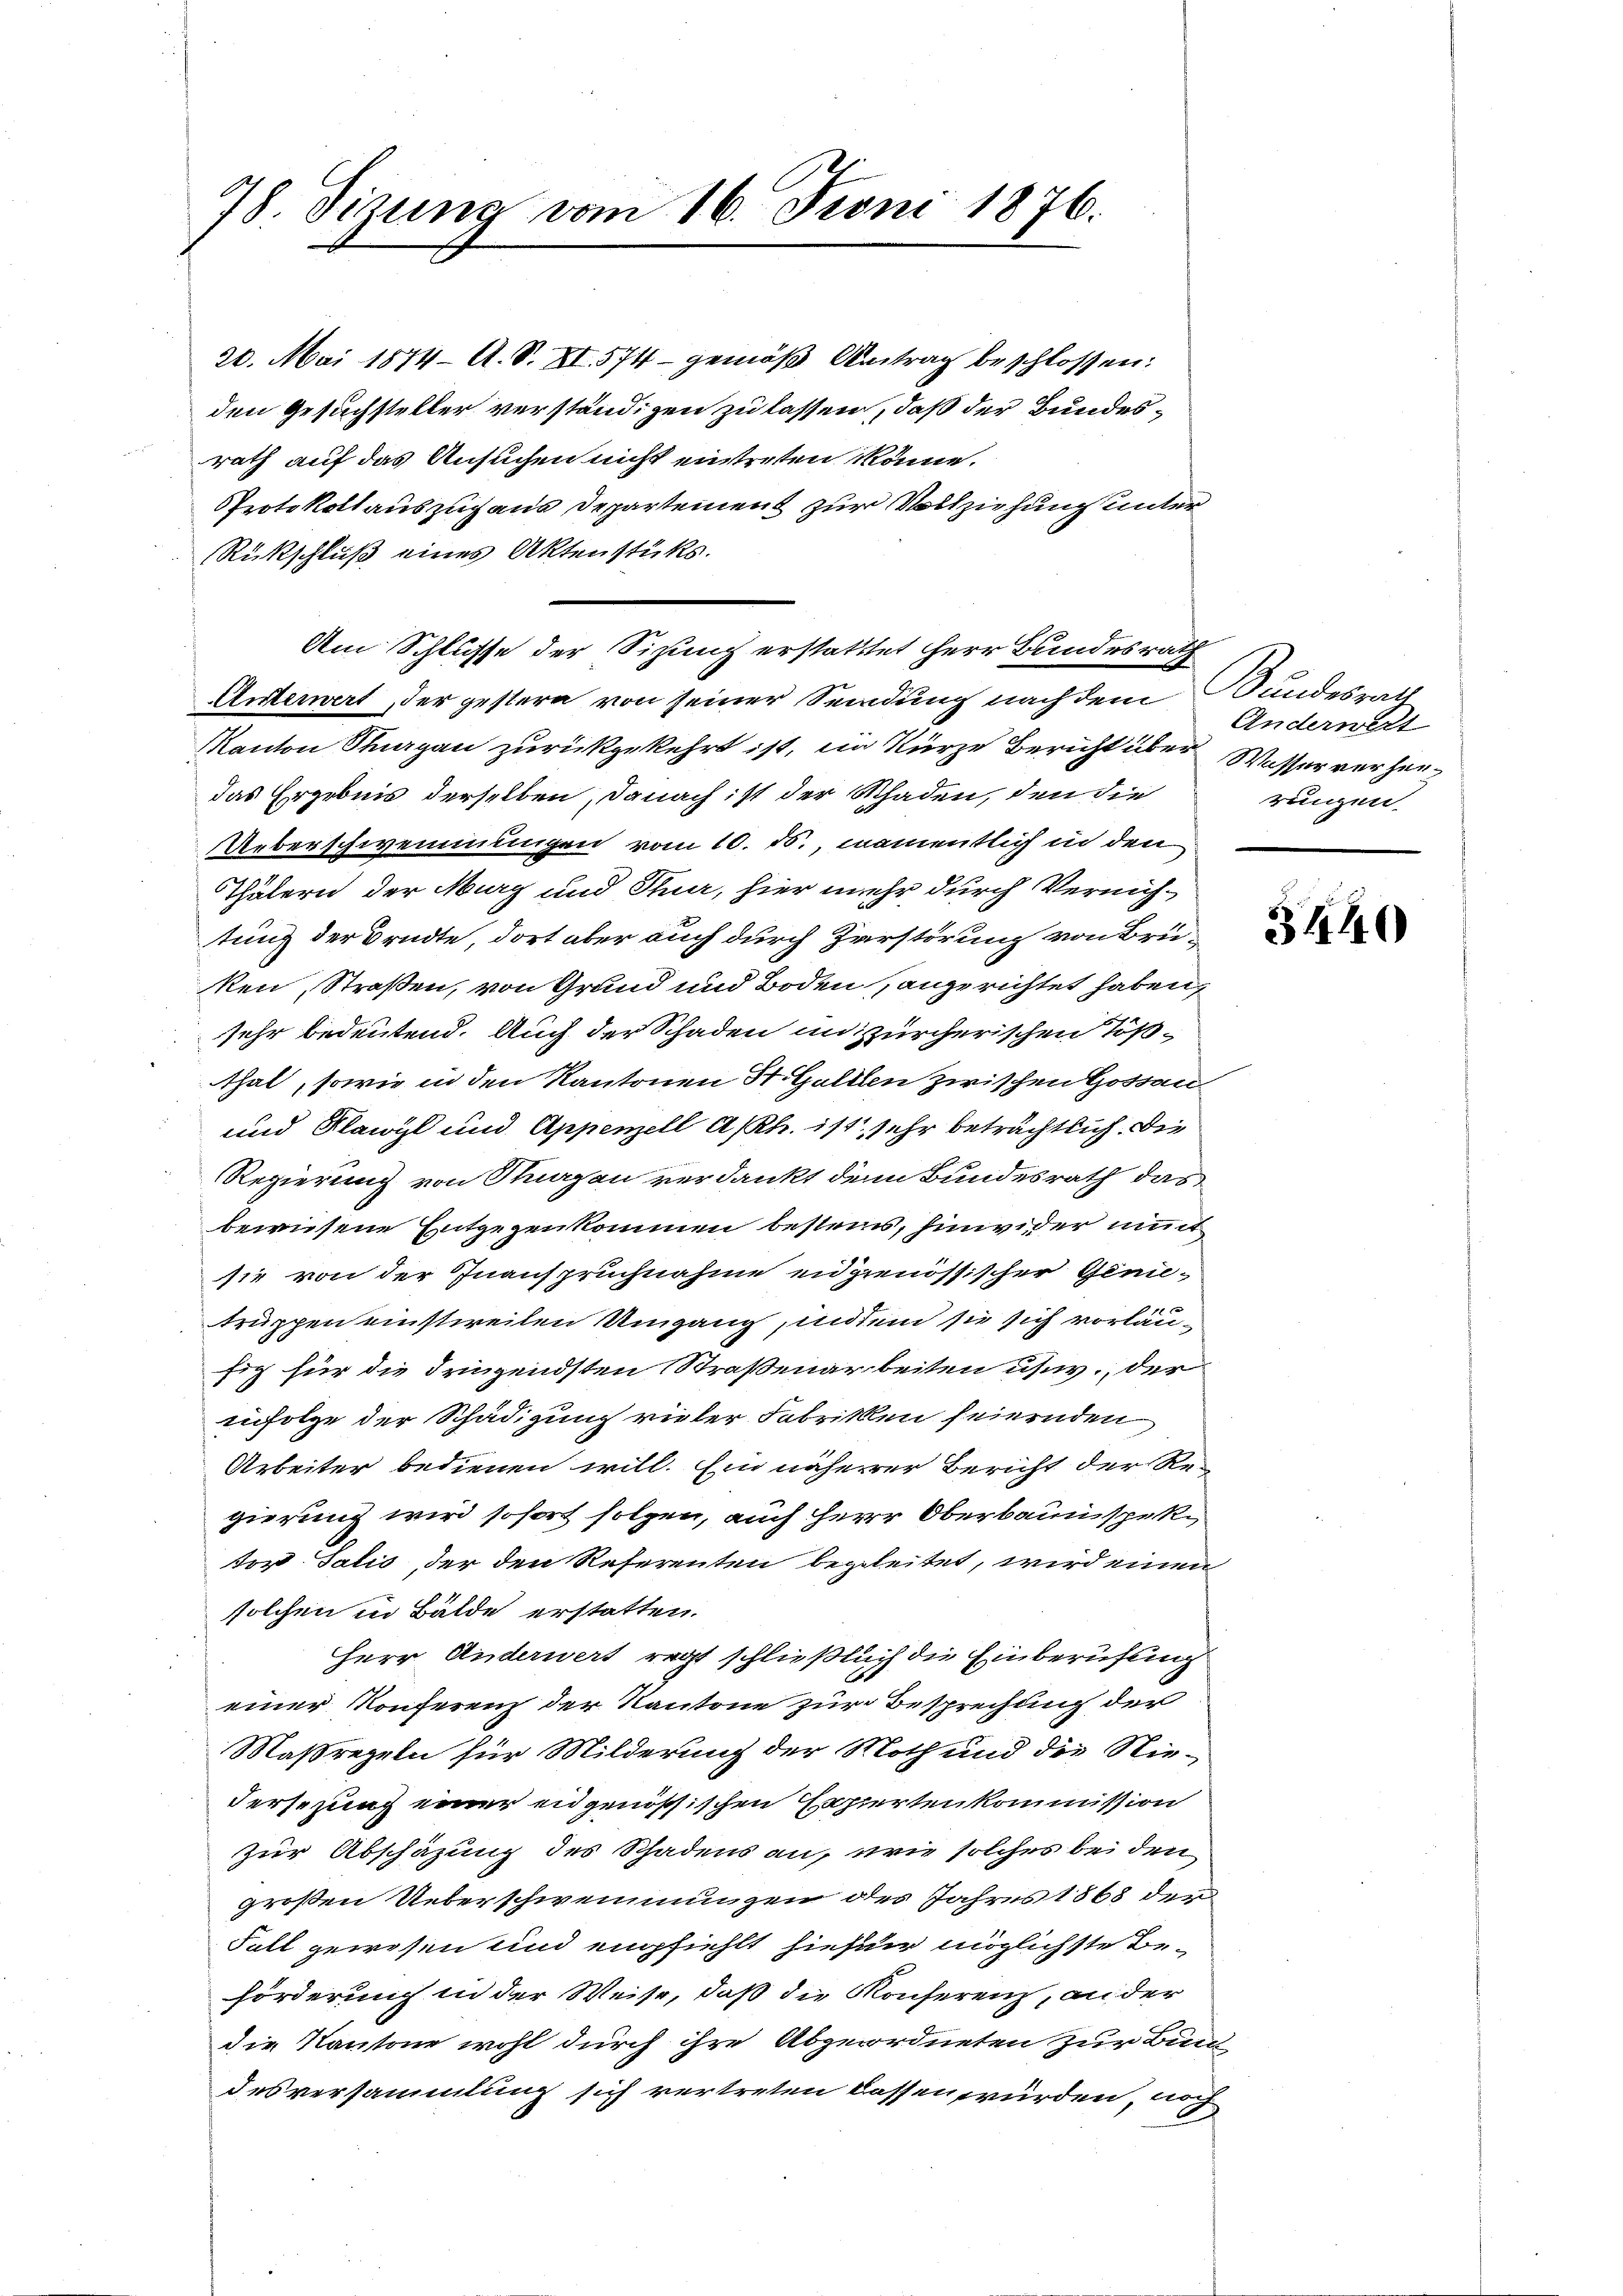
78. Sizung vom 16. Juni 1876.

Am Schlusse der Sitzung erstattet herr Bundesrath
Unterwert, der gestern von seiner Sendung nach dem Bundesrath
Kanton Sagan zurückgekehrt ist, ein Kürze Bericht über Wasser verherdas Ergebnis derselben, danach ist der Schaden, den die
Ueberschwemmungen vom 10. ds., namentlich in den
Thälern der Murg und Thur, hier mehr durch Vernich-
tung der Brudte, dort aber auch durch Zerstörung von Brüken, Straßen, von Grund und Boden angerichtet haben,
sehr bedeutend. Auch der Schaden in zürcherischen Tößthal, sowie in den Kantonen St. Gallen zwischen Gossau¬
und Plawyl und Appenzell A/Rh. ist, sehr beträchtlich. Die
Regierung von Stragen verdankt dem Bundesrath das
bewiesene Entgegenkommen bestein, hinwider mit
sie von der Inanspruchnahme eidgenössischer Genie-
truppen einstweilen Umgang, indem sie sich vorläufig für die dringendsten Straßenarbeiten usw., der
infolge der Schädigung vieler Fabriken feiernden
Arbeiter bedienen will. Ein näherer Bericht der Re-
gierung wird sofort folgen, auch Herr Oberbauinspektor Salis, der den Referenten begleitet, wird einen
solchen in Bälde erstatten.
Herr Anderwert regt schließlich die Einberufung
einer Konferenz der Kantone zur Besprechung der
Maßregeln für Milderung der Noth und die Nie¬
Versezung einer eidgenössischen Capierten kommission
zur Abschäzung des Schadens an, wie solches bei den
großen Ueberschwemmungen des Jahres 1868 dem
Fall gewesen und empfiehlt hiefür möglichste Be-
förderung in der Weise, daß die Konferenz, an der
die Kantone wohl durch ihre Abgeordneten zur Bun-
desversammlung sich vertreten lassen würden, noch

20. Mai 1874 A. S. XI. 574 - gemäß Antrag beschlossen:
den Gesuchsteller verständigen zu lassen, daß der Bundesrath auf das Ansuchen nicht eintreten könne.
Protokoll auszug aus Departement zur Vollziehung unter
Rückschluß eines Aktenstücks.

Anderwert
rungen.

s

3440